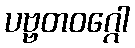
ပဗ္ဗတဝဂ္ဂေါ